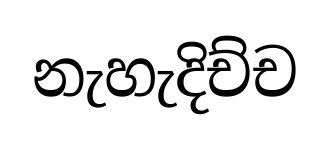
නැහැදිච්ච